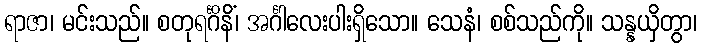
ရာဇာ၊ မင်းသည်။ စတုရင်္ဂိနိံ၊ အင်္ဂါလေးပါးရှိသော။ သေနံ၊ စစ်သည်ကို။ သန္နယှိတွာ၊